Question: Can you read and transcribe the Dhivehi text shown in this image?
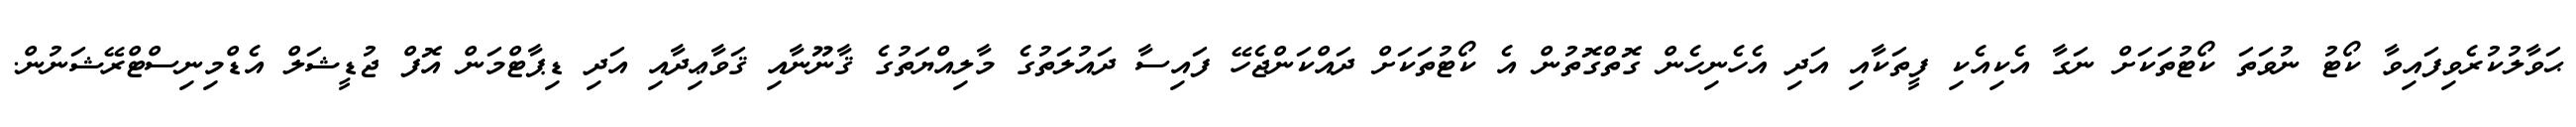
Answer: ޙަވާލުކުރެވިފައިވާ ކޯޓު ނުވަތަ ކޯޓުތަކަށް ނަގާ އެކިއެކި ފީތަކާއި އަދި އެހެނިހެން ގޮތްގޮތުން އެ ކޯޓުތަކަށް ދައްކަންޖެހޭ ފައިސާ ދައުލަތުގެ މާލިއްޔަތުގެ ޤާނޫނާއި ޤަވާޢިދާއި އަދި ޑިޕާޓްމަން އޮފް ޖުޑީޝަލް އެޑްމިނިސްޓްރޭޝަނުން.